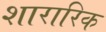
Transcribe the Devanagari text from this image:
शारारिक